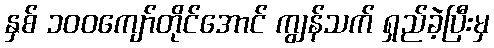
နှစ် ၁၀၀ကျော်တိုင်အောင် ကျွန်သက် ရှည်ခဲ့ပြီးမှ